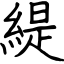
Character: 緹